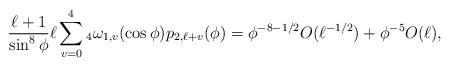
LaTeX: \begin{align*}&\frac{\ell+1}{\sin^8 \phi} \ell \sum_{v=0}^4 {_4}\omega_{1,v}(\cos \phi) p_{2,\ell+v}(\phi) = \phi^{-8-1/2} O(\ell^{-1/2})+\phi^{-5} O(\ell), \end{align*}